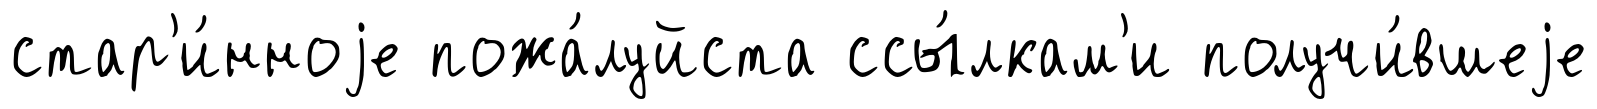
стар'и́нноjе пожа́луйста ссы́лкам'и получи́вшеjе